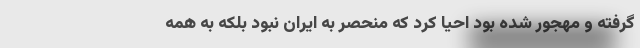
گرفته و مهجور شده بود احیا کرد که منحصر به ایران نبود بلکه به همه